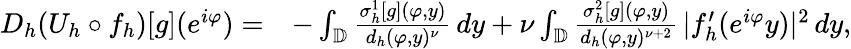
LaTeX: \begin{array}{rl}{D_{h}(U_{h}\circ f_{h})[g](e^{i\varphi})=}&{-\int_{\mathbb{D}}\frac{\sigma_{h}^{1}[g](\varphi,y)}{d_{h}(\varphi,y)^{\nu}}\, dy+\nu\int_{\mathbb{D}}\frac{\sigma_{h}^{2}[g](\varphi,y)}{d_{h}(\varphi,y)^{\nu+2}}\, |f_{h}^{\prime}(e^{i\varphi}y)|^{2}\, dy,}\end{array}